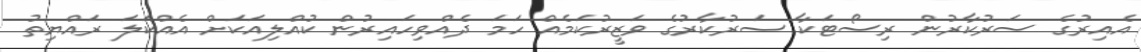
އެއިރުގެ ސަރުކާރުން ރިސޯޓަކާ ސަރުކާރުގެ ވަޒީރުކަމެއް ހަމަ ދެއްވިހައިރުން ކުއްލިއަކަށް އެއްކަލަ ރައްޔިތު